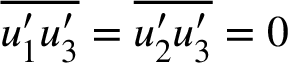
\overline { { u _ { 1 } ^ { \prime } u _ { 3 } ^ { \prime } } } = \overline { { u _ { 2 } ^ { \prime } u _ { 3 } ^ { \prime } } } = 0